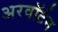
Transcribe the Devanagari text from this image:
अरवॉर्टन